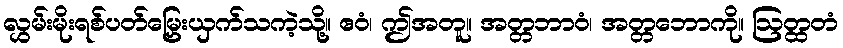
လွှမ်းမိုးရစ်ပတ်မြှေးယှက်သကဲ့သို့။ ဧဝံ၊ ဤအတူ။ အတ္တဘာဝံ၊ အတ္တဘောကို။ ဩတ္ထတံ